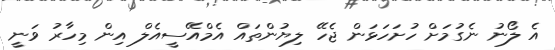
އެ ލޯނު ނެގުމަށް ހުށަހަޅަން ޖެހޭ ލިޔުންތައް އެމްއޭސީއެލް އިން މިހާރު ވަނީ